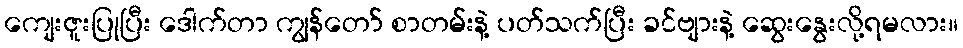
ကျေးဇူးပြုပြီး ဒေါက်တာ ကျွန်တော် စာတမ်းနဲ့ ပတ်သက်ပြီး ခင်ဗျားနဲ့ ဆွေးနွေးလို့ရမလား။